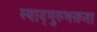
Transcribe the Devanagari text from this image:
स्याद्गुरुभक्तता